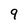
Character: 9